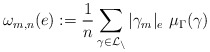
\begin{align*}\omega_{m,n}(e) := \frac{1}{n} \sum_{\gamma \in \cal L_n} |\gamma_m|_e \,\, \mu_\Gamma(\gamma)\end{align*}